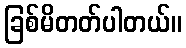
ခြစ်မိတတ်ပါတယ်။